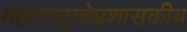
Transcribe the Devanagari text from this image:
महाराष्ट्राचेप्रशासकीय